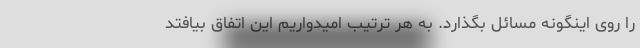
را روی اینگونه مسائل بگذارد. به هر ترتیب امیدواریم این اتفاق بیافتد